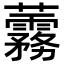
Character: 𧅑